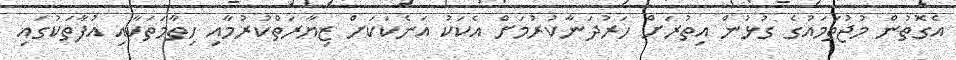
އެގޮތުން މުޖުތަމައުގެ ގުޅުން އިތުރަށް ހަރުދަނާކުރުމަށް އެކަކު އަނެކަކަށް ޒިޔާރަތްކުރުމާއި ހިތާމަތަކާއި އުފާތަކުގައި